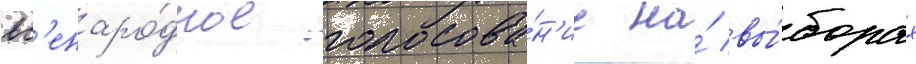
вс'енаро́дное голосова́н'ие на́ вы́борах